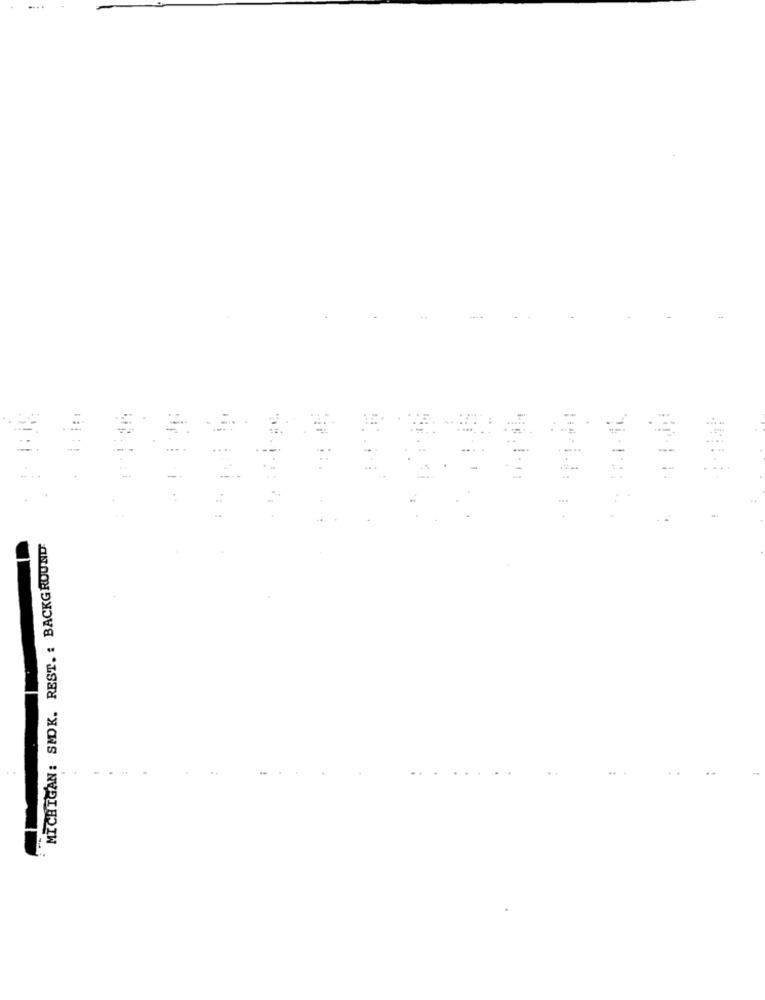
MICHIGAN: SMOK. REST. : BACKGROUND